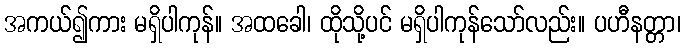
အကယ်၍ကား မရှိပါကုန်။ အထခေါ၊ ထိုသို့ပင် မရှိပါကုန်သော်လည်း။ ပဟီနတ္တာ၊